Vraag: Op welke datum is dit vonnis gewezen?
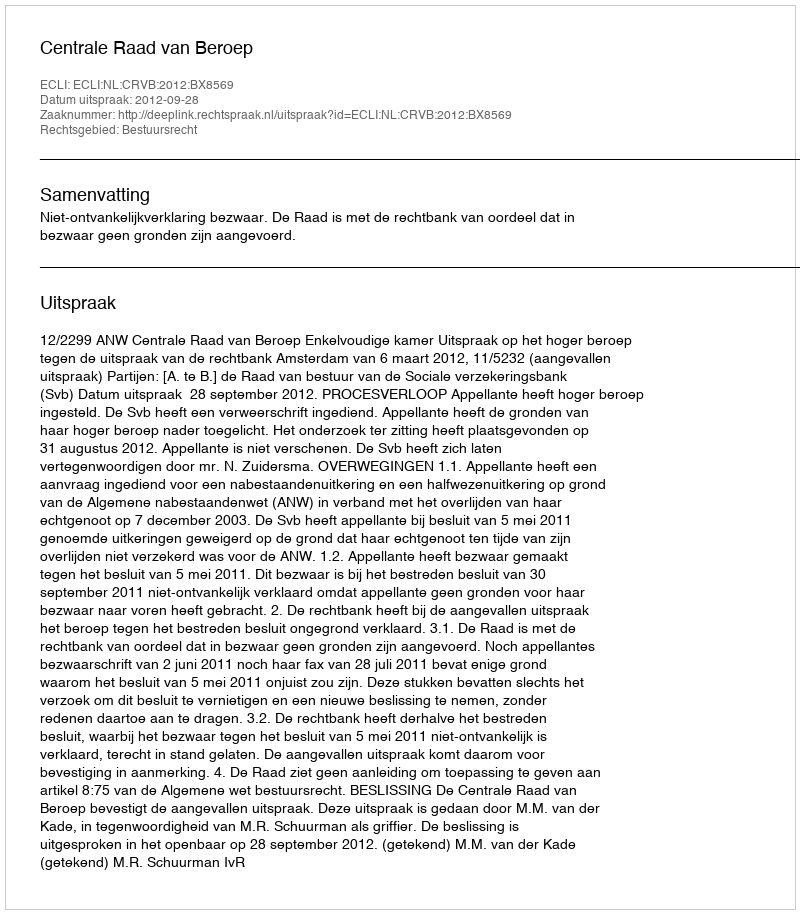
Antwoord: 2012-09-28